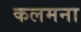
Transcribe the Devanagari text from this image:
कलमना